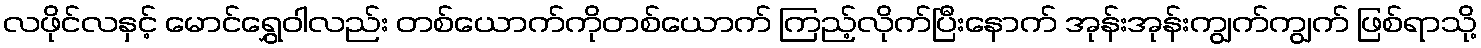
လဖိုင်လနှင့် မောင်ရွှေဝါလည်း တစ်ယောက်ကိုတစ်ယောက် ကြည့်လိုက်ပြီးနောက် အုန်းအုန်းကျွက်ကျွက် ဖြစ်ရာသို့